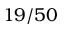
1 9 / 5 0